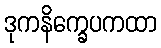
ဒုကနိက္ခေပကထာ